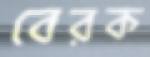
বেরক